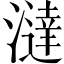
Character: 澾